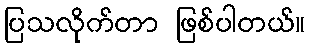
ပြသလိုက်တာ ဖြစ်ပါတယ်။